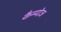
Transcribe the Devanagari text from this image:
कैम्पोज